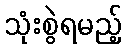
သုံးစွဲရမည့်